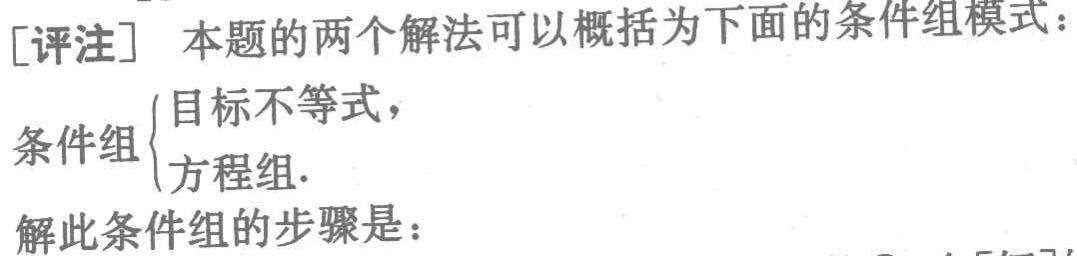
[评注] 本题的两个解法可以概括为下面的条件组模式：

条件组\(\begin{cases}

目标不等式,\\

方程组.

\end{cases}\)

解此条件组的步骤是：